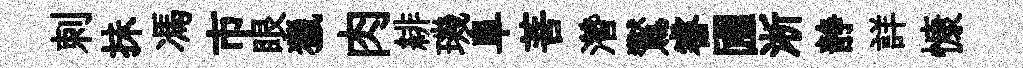
刺抺馮市眼獵肉緋璣阜菩濳鸑睿圃淅静詳慷